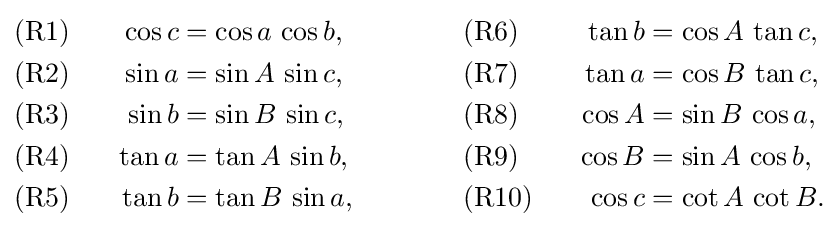
{\begin{alignedat}{4}&{\text{(R1)}}&\qquad \cos c&=\cos a\,\cos b,&\qquad \qquad &{\text{(R6)}}&\qquad \tan b&=\cos A\,\tan c,\\&{\text{(R2)}}&\sin a&=\sin A\,\sin c,&&{\text{(R7)}}&\tan a&=\cos B\,\tan c,\\&{\text{(R3)}}&\sin b&=\sin B\,\sin c,&&{\text{(R8)}}&\cos A&=\sin B\,\cos a,\\&{\text{(R4)}}&\tan a&=\tan A\,\sin b,&&{\text{(R9)}}&\cos B&=\sin A\,\cos b,\\&{\text{(R5)}}&\tan b&=\tan B\,\sin a,&&{\text{(R10)}}&\cos c&=\cot A\,\cot B.\end{alignedat}}